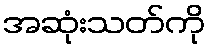
အဆုံးသတ်ကို